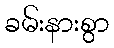
ခမ်းနားစွာ